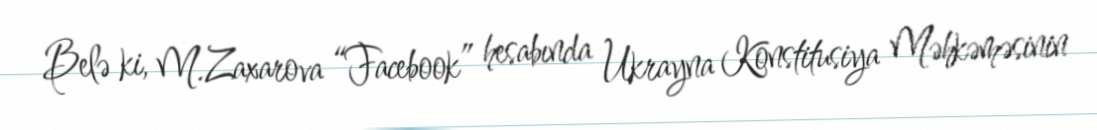
Belə ki, M.Zaxarova “Facebook” hesabında Ukrayna Konstitusiya Məhkəməsinin